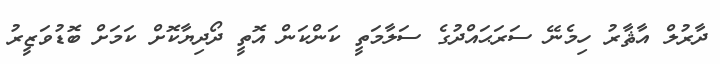
ދާރުލް އާޘާރު ހިމެނޭ ސަރަޙައްދުގެ ސަލާމަތީ ކަންކަން އޮތީ ދޯދިޔާކޮށް ކަމަށް ބޮޑުވަޒީރު